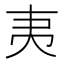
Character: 𭑅